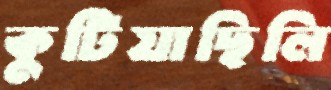
কুটিয়াছিলি